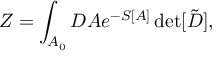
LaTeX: Z = \int _ { { \cal A } _ { 0 } } { \cal D } A e ^ { - S [ A ] } \operatorname * { d e t } [ \tilde { D } ] ,